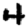
Digit: 4